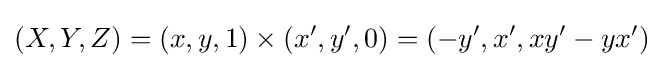
(X,Y,Z)=(x,y,1)\times (x',y',0)=(-y',x',xy'-yx')